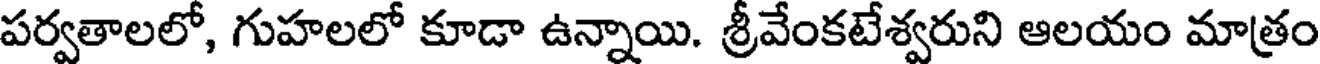
పర్వతాలలో, గుహలలో కూడా ఉన్నాయి. శ్రీవేంకటేశ్వరుని ఆలయం మాత్రం